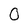
Character: 0